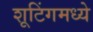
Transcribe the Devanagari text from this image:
शूटिंगमध्ये